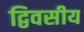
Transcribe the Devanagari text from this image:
द्विवसीय